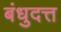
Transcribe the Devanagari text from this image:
बंधुदत्त